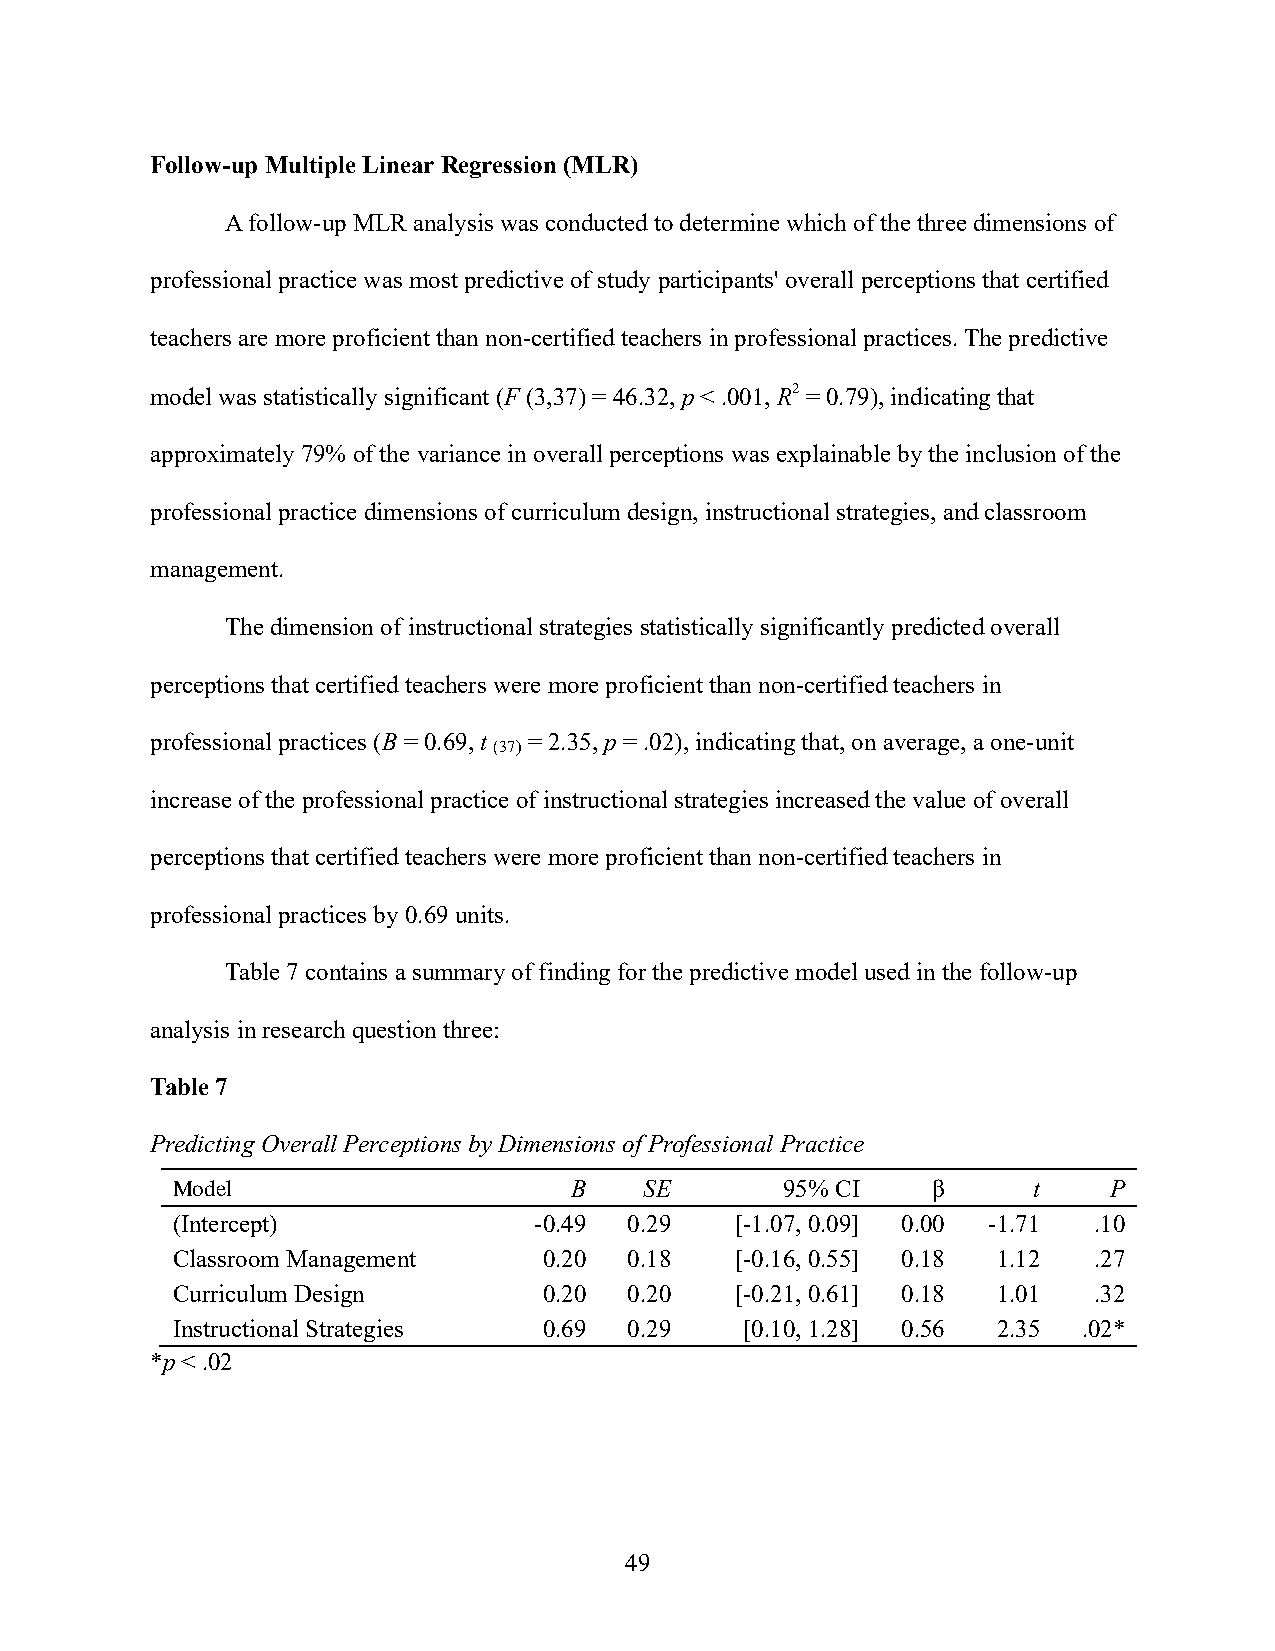
Follow-up Multiple Linear Regression (MLR)
 A follow-up MLR analysis was conducted to determine which of the three dimensions of
 professional practice was most predictive of study participants' overall perceptions that certified
 teachers are more proficient than non-certified teachers in professional practices. The predictive
 model was statistically significant (F (3,37) = 46.32, p < .001, R2 = 0.79), indicating that
 approximately 79% of the variance in overall perceptions was explainable by the inclusion of the
 professional practice dimensions of curriculum design, instructional strategies, and classroom
 management.
 The dimension of instructional strategies statistically significantly predicted overall
 perceptions that certified teachers were more proficient than non-certified teachers in
 professional practices (B = 0.69, t = 2.35, p = .02), indicating that, on average, a one-unit
 (37)
 increase of the professional practice of instructional strategies increased the value of overall
 perceptions that certified teachers were more proficient than non-certified teachers in
 professional practices by 0.69 units.
 Table 7 contains a summary of finding for the predictive model used in the follow-up
 analysis in research question three:
 Table 7
 Predicting Overall Perceptions by Dimensions of Professional Practice
 Model                      B    SE       95% CI    β     t    P
 (Intercept)             -0.49  0.29   [-1.07, 0.09] 0.00 -1.71 .10
 Classroom Management     0.20  0.18   [-0.16, 0.55] 0.18 1.12 .27
 Curriculum Design        0.20  0.20   [-0.21, 0.61] 0.18 1.01 .32
 Instructional Strategies 0.69  0.29   [0.10, 1.28] 0.56 2.35 .02*
 *p < .02
 49